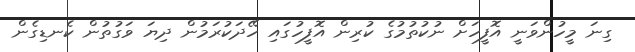
ގިނަ މީހުންވަނީ އޮފީހަށް ނުކުތުމުގެ ކުރިން އޮފީހުގައި ހޭދަކުރަމުން ދިޔަ ވަގުތުން ކެނޑިގެން